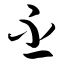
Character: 丕